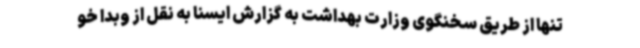
تنها از طریق سخنگوی وزارت بهداشت به گزارش ایسنا به نقل از وبدا خو